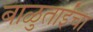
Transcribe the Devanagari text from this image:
बाळुताईंचा